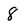
Character: 8